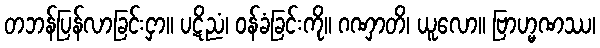
တဘန်ပြန်လာခြင်းငှာ။ ပဋိညံ၊ ဝန်ခံခြင်းကို။ ဂဏှာတိ၊ ယူလော။ ဗြာဟ္မဏဿ၊